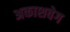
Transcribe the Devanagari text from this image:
अकाशवेग